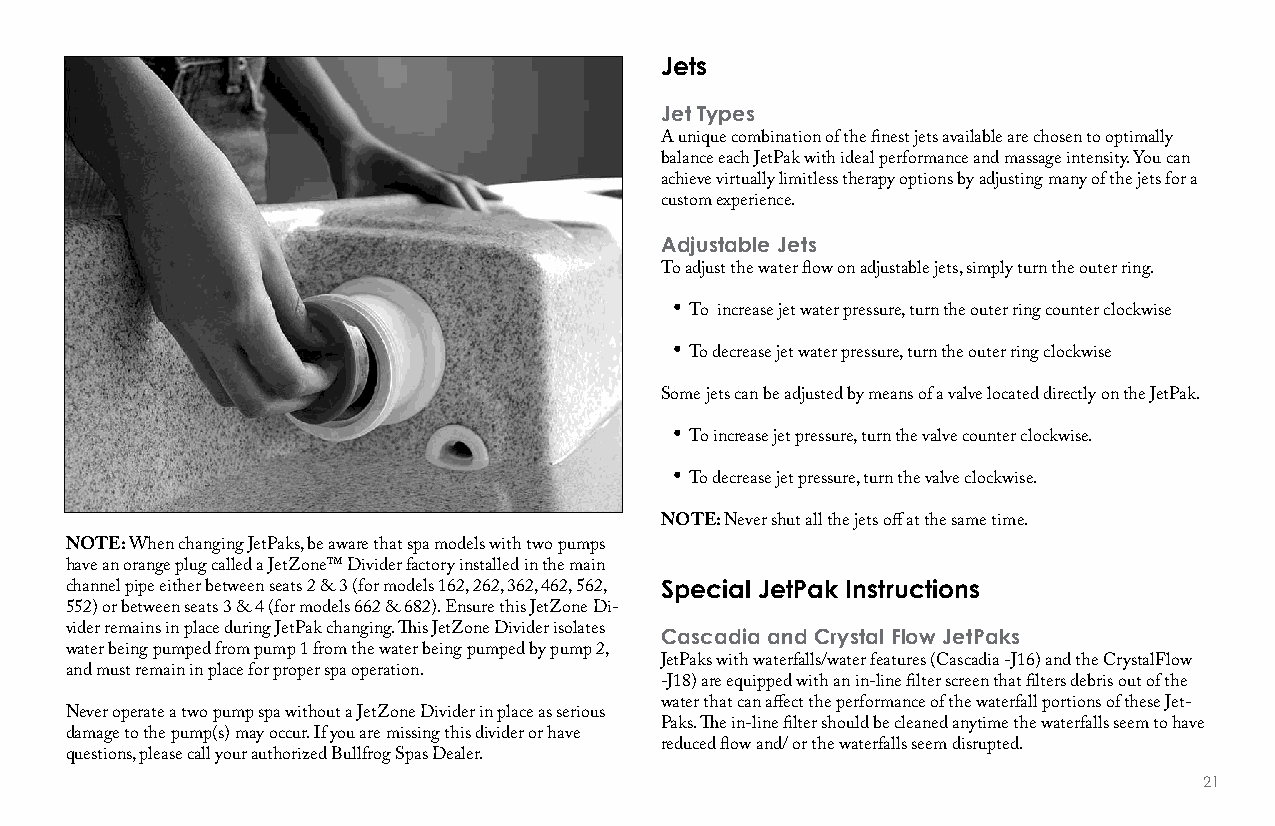
Jets
 Jet Types
 A unique combination of the finest jets available are chosen to optimally
 balance each JetPak with ideal performance and massage intensity. You can
 achieve virtually limitless therapy options by adjusting many of the jets for a
 custom experience.
 adjustable Jets
 To adjust the water flow on adjustable jets, simply turn the outer ring.
 •
 To increase jet water pressure, turn the outer ring counter clockwise
 •
 To decrease jet water pressure, turn the outer ring clockwise
 Some jets can be adjusted by means of a valve located directly on the JetPak.
 •
 To increase jet pressure, turn the valve counter clockwise.
 •
 To decrease jet pressure, turn the valve clockwise.
 NOTE: Never shut all the jets off at the same time.
 NOTE: When changing JetPaks, be aware that spa models with two pumps
 have an orange plug called a JetZone™ Divider factory installed in the main
 channel pipe either between seats 2 & 3 (for models 162, 262, 362, 462, 562, Special JetPak Instructions
 552) or between seats 3 & 4 (for models 662 & 682). Ensure this JetZone Di-
 vider remains in place during JetPak changing. This JetZone Divider isolates Cascadia and Crystal flow JetPaks
 water being pumped from pump 1 from the water being pumped by pump 2,
 JetPaks with waterfalls/water features (Cascadia -J16) and the CrystalFlow
 and must remain in place for proper spa operation.
 -J18) are equipped with an in-line filter screen that filters debris out of the
 water that can affect the performance of the waterfall portions of these Jet-
 Never operate a two pump spa without a JetZone Divider in place as serious
 Paks. The in-line filter should be cleaned anytime the waterfalls seem to have
 damage to the pump(s) may occur. If you are missing this divider or have
 reduced flow and/ or the waterfalls seem disrupted.
 questions, please call your authorized Bullfrog Spas Dealer.
 21